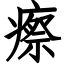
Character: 瘵